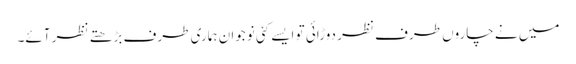
میں نے چاروں طرف نظر دوڑائی تو ایسے کئی نوجوان ہماری طرف بڑھتے نظر آئے۔